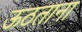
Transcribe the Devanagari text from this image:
ऊठताना